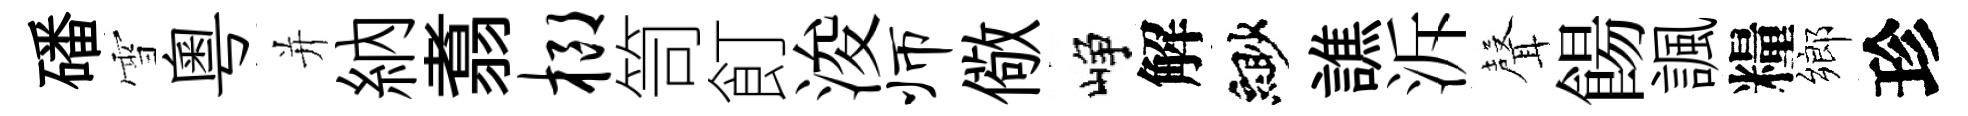
磻雪粤并納翥榔笥飣浚师儆峥解緲譙泝𮋻餳諷糧鄉珍